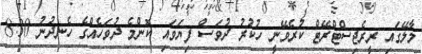
މާލޭގައި ރީރެޖިސްޓްރޭޓް ކުރެވޭނީ ހުކުރު ދުވަސް ފިޔަވައި ކޮންމެ ދުވަހެއްގެ ހެނދުނު 8:30